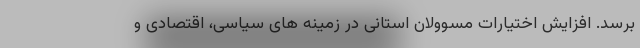
برسد. افزایش اختیارات مسوولان استانی در زمینه های سیاسی، اقتصادی و